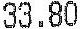
33.80